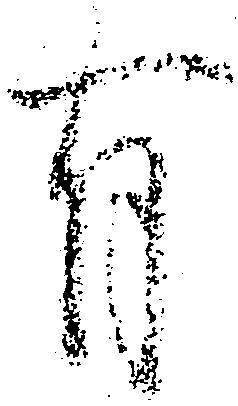
有